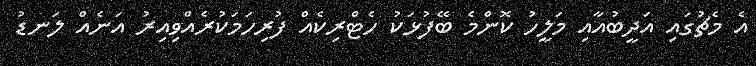
އެ މެޗުގައި އަދީބުއާއި މަލީހު ކޮންމެ ބޭފުޅަކު ހެޓްރިކެއް ފުރިހަމަކުރެއްވިއިރު އަނެއް ލަނޑު